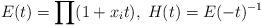
LaTeX: \begin{align*}E(t) = \prod (1 + x_i t) , \; H(t) = E(-t)^{-1} \end{align*}